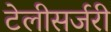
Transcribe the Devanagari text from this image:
टेलीसर्जरी